Annual report of the Punjab Veterinary College and of the Civil Veterinary Department, Punjab - 1909-1919
Year: 1909
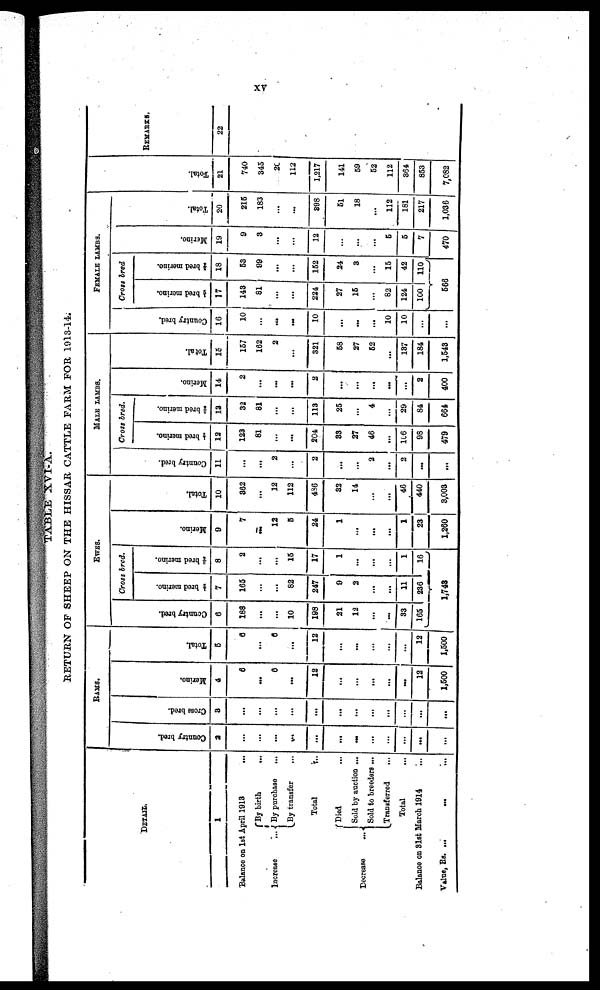
xv
TABLE XVI-A.
RETURN OF SHEEP ON THE HISSAR CATTLE FARM FOR, 1913-14.
DETAIL.
1
Balance on 1st April 1913
...
Increase
...
By birth ... ...
By purchase
...
By transfer ... ...
Total
...
Decrease
...
Died ... ...
Sold by auction ...
Sold to breeders ...
Transferred
...
Total ...
Balance on 31st March 1914
...
Value, Rs. ... ... ...
RAMS.
Count r
y br ed.
2
...
...
...
...
...
...
...
...
...
...
......
...
Cr os s br ed.
3
...
...
...
...
...
...
...
...
...
...
...
...
Mer i
no.
4
6
...
6
...
12
...
...
...
...
...
12
1,500
Tot al .
5
6
...
6
...
12
...
...
...
...
...
12
1,500
EWES.
Count r
y br ed.
6
188
...
...
10
198
21
12
...
......
33
165
Cross bred.
½ br ed merino.
7
165
...
...
82
247
9
2
...
...
11
236
3/4 br ed merino.
8
2
...
...
15
17
1
...
...
...
1
16
1,743
Me r
i
no.
9
7
......
12
5
24
1
...
...
...
1
23
1,260
Tot al .
10
362
...
12
112
486
32
14
...
...
46
440
3,003
MALE LAMBS.
Count r y br ed.
11
...
...
2
...
2
...
...
2
...
2
...
...
Cross bred.
½ br ed merino.
12
123
81
...
...
204
33
27
46
...
106
98
479
3/4 br ed merino.
13
32
81
...
...
113
25
...
4
...
29
84
664
Mer i
no.
14
2
...
...
...
2
...
...
...
...
...
2
400
Tot al .
15
157
162
2
...
321
58
27
52
...
137
184
1,543
FEMALE LAMBS.
Count r y br ed.
16
10
...
...
...
10
...
...
...
10
10
...
...
Cross bred
½ br ed merino.
17
143
81
...
...
224
27
15
...
82
124
100
3/4 br ed merino.
18
53
99
...
...
152
24
3
...
15
42
110
566
Mer i
no.
19
9
3
...
...
12
...
...
...
5
5
7
470
Tot al .
20
215
183
...
...
398
51
18
...
112
181
217
1,036
Tot al .
21
740
345
20
112
1,217
141
59
52
112
364
853
7,082
REMARKS.
22